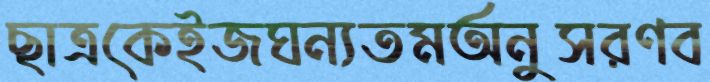
ছাত্রকেইজঘন্যতমঅনুসরণব